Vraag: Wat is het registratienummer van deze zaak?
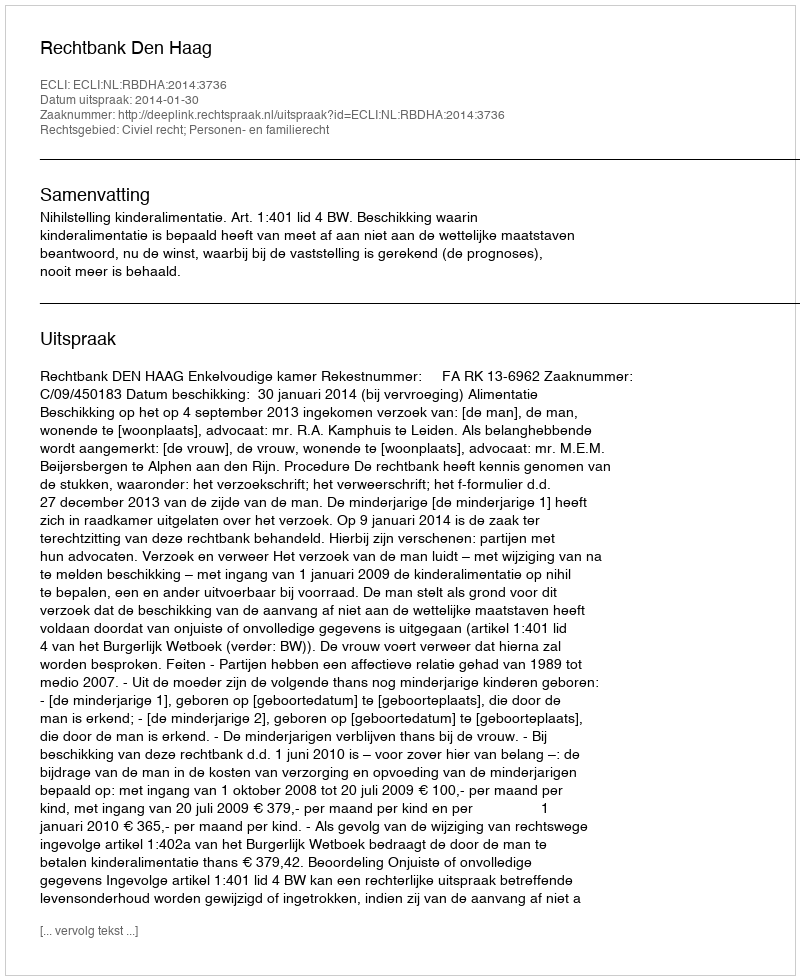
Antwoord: http://deeplink.rechtspraak.nl/uitspraak?id=ECLI:NL:RBDHA:2014:3736